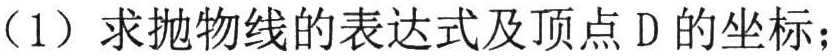
（1）求抛物线的表达式及顶点D的坐标；